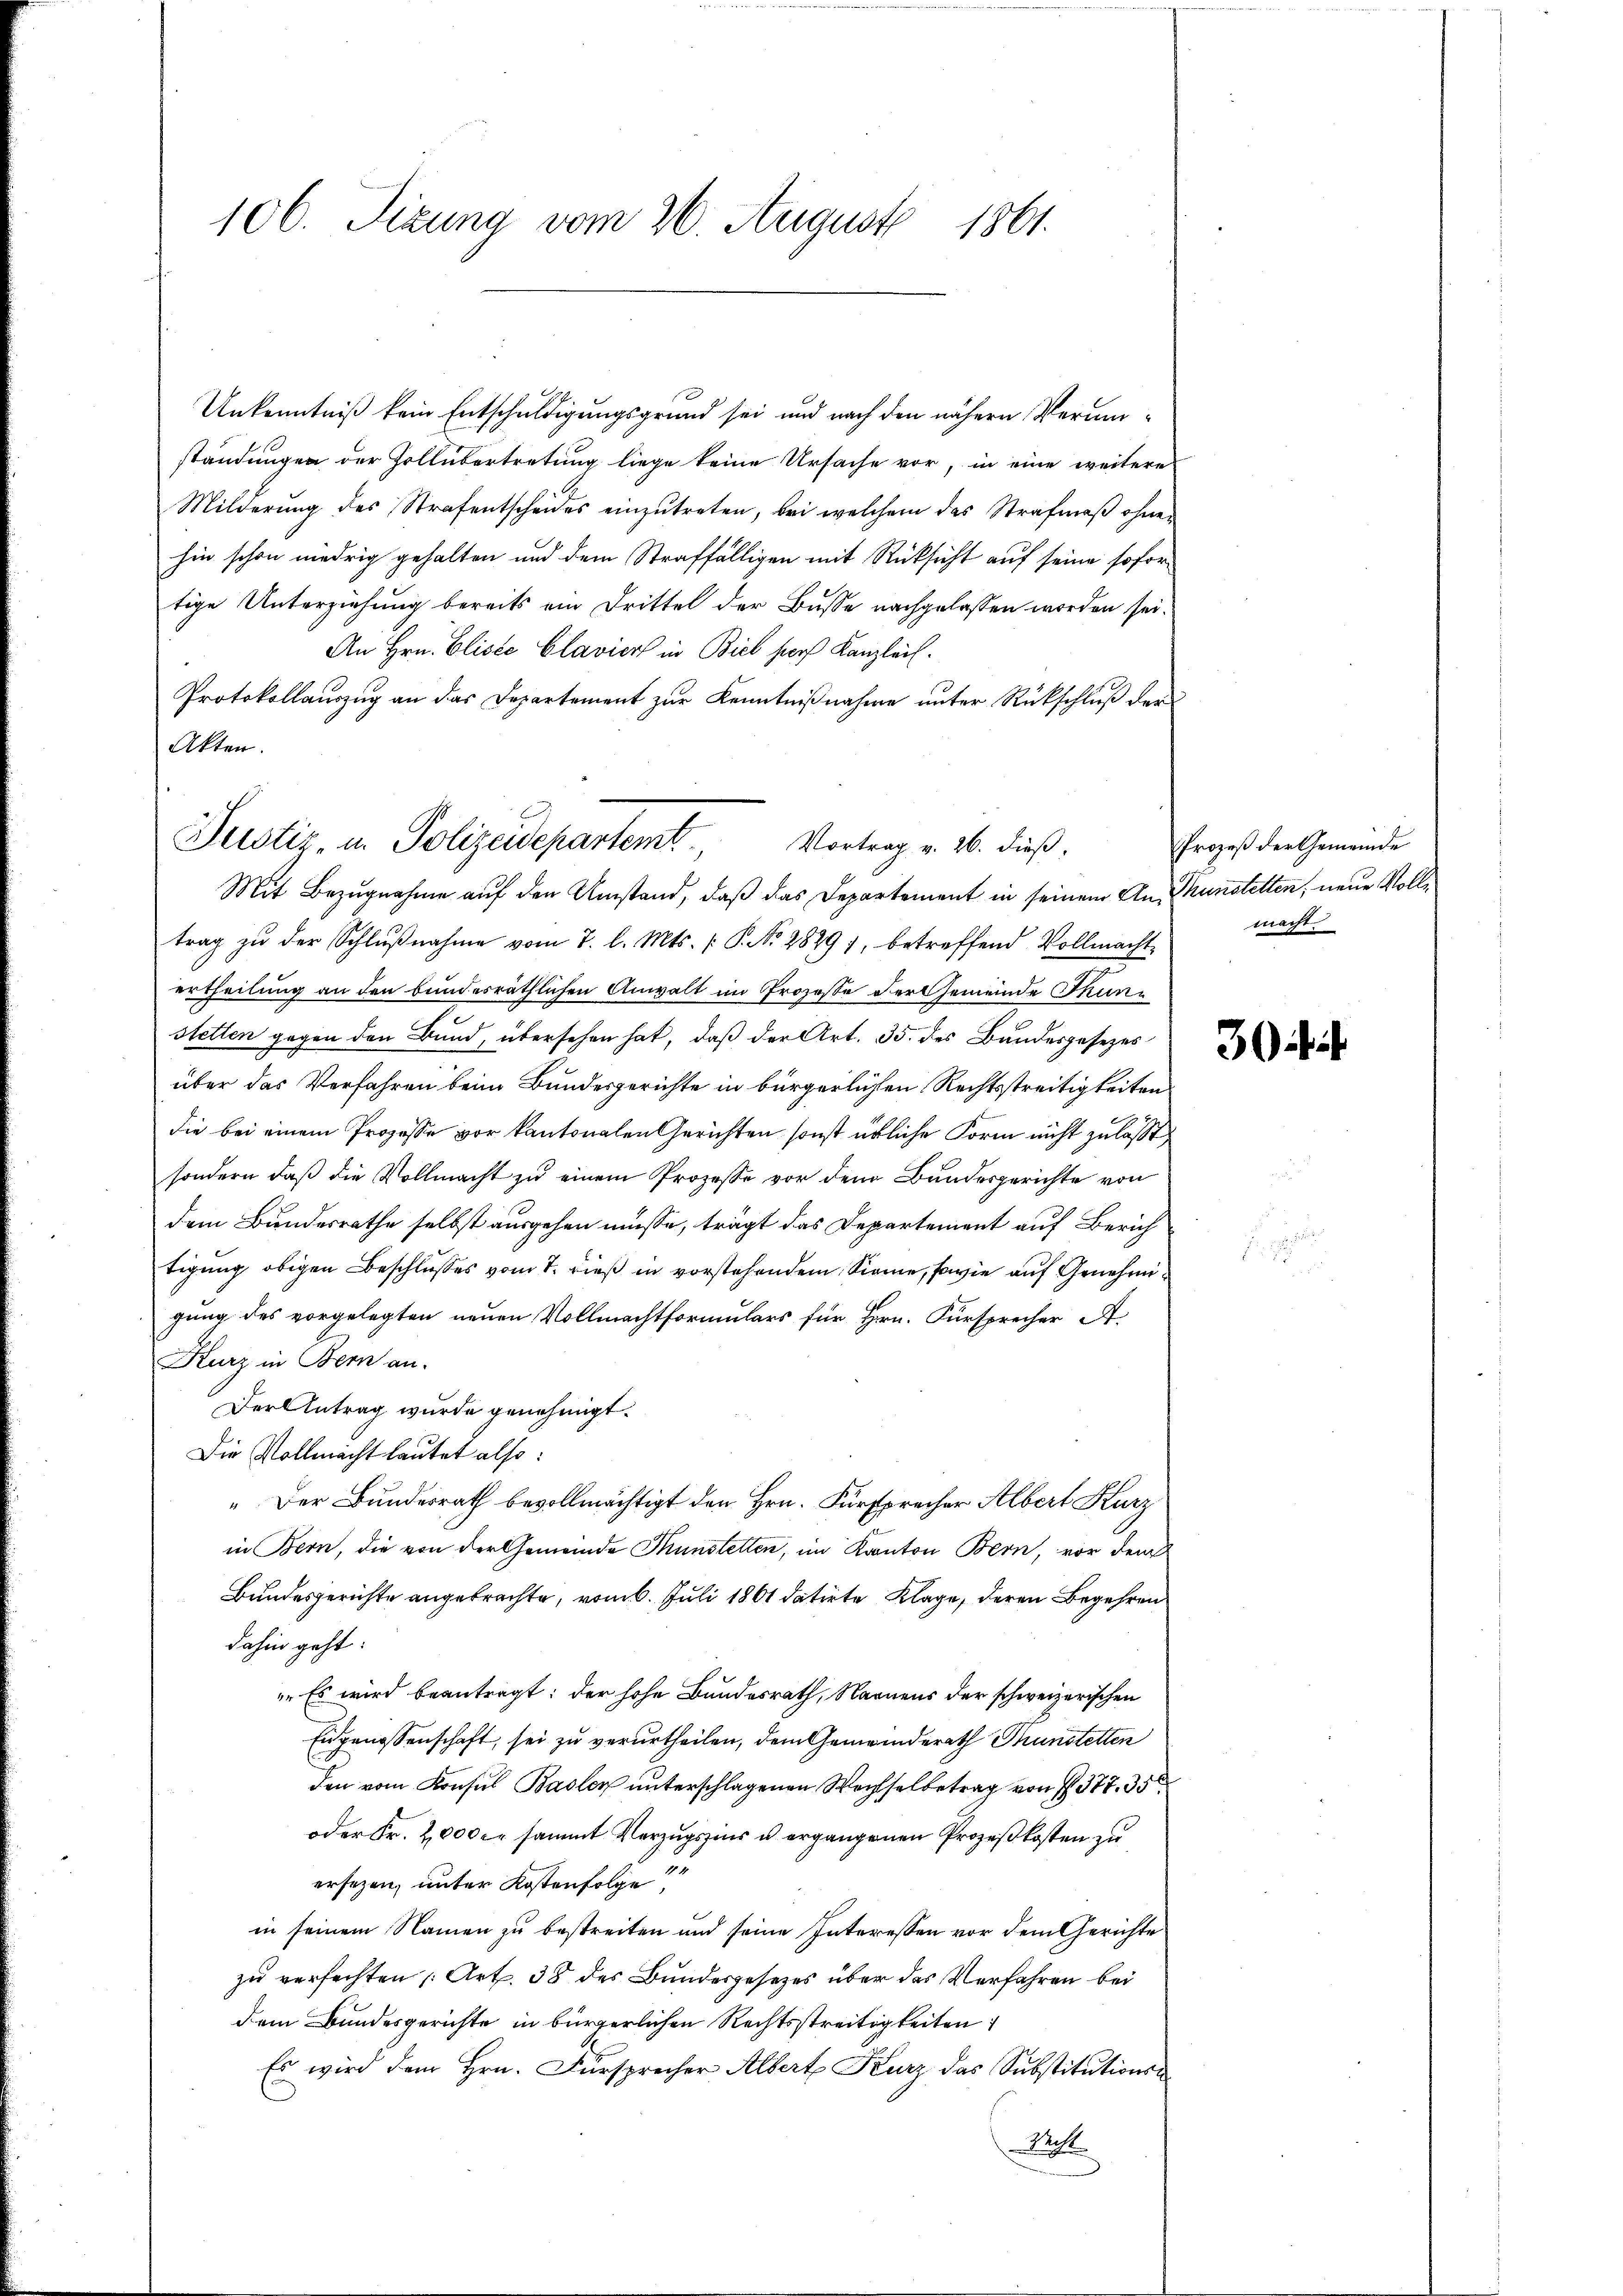
106. Sizung vom 26. August 1861.

Unkenntniß kein Entschuldigungsgrund sei und nach den nähern Verunständungen der Zollübertretung liege keine Ursache vor, in eine weitere
Milderŭng des Strafentscheides einzŭtreten, bei welchem das Strafmaβ ohnen
hin schon niedrig gehalten und dem Straffälligen mit Rücksicht auf seine sofortige Unterziehung bereits ein Drittel der Busse nachgelassen worden sei.
An Hrn. Elisée Clavier in Biel sors Kanzleil.
Protokollauszug an das Departement zur Kenntnißnahme unter Rückschluß der
Akten.

Justiz, u. Polizeidepartemt
Vortrag v. 26. dieß.

Mit Bezugnahme auf den Umstand, daß das Departement in seinem An- Thunstelten, neue Volltrag zŭ der Schlŭβnahme vom 7. l. Mts. ( P. No. 2829), betreffend Vollmacht-
ertheilung an den bundesräthlichen Anwalt im Prozesse der Gemeinde Thunstetten gegen den Bund, übersehen hat, daß der Art. 35. des Bundesgesezes
über das Verfahren beim Bundesgerichte in bürgerlichen Rechtsstreitigkeiten
die bei einem Prozesse vor kantonalen Gerichten sonst übliche Form nicht zulässt,
sondern daß die Vollmacht zu einem Prozesse vor dem Bundesgerichte von
dem Bundesrathe selbst ausgehen müsse, trägt das Departement auf Zürichtigung obigen Beschlusses vom 7. dieß in vorstehendem Sinne, sowie auf Genehmigung des vorgelegten neuen Vollmachtformulars für Hrn. Fürsprecher A.
Kurz in Bern an.
Der Antrag wurde genehmigt.
Die Vollmacht lautet also:
" Der Bundesrath bevollmächtigt den Hrn. Fürsprecher Albert Kurz
in Bern, die von der Gemeinde Thunstetten, im Kanton Bern, vor dem
Bundesgerichte angebrachte, vom 6. Juli 1861 datirte Klage, deren Begehren
dahin geht:
Es wird beantragt: der hohe Bundesrath, Namens der schweizerischen
Eidgenossenschaft, sei zu verurtheilen, dem Gemeinderath Thunstetten
den vom Konsul Basler unterschlagenen Wechselbetrag von § 377. 35
oder Fr. 2,000 er sammt Vorzugszins u ergangenen Prozeßkosten zu
ersezen, unter Kostenfolge
in seinem Namen zu bestreiten und seine Interessen vor dem Gerichte
zu verfachten [Art. 38 des Bundesgesetzes über des Verfahren bei
dem Bundesgerichte in bürgerlichen Rechtsstreitigkeiten
Es wird dem Hrn. Fürsprecher Albert Kurz das Substitutions¬
Richt

Prozeß der Gemeinde
macht.

3